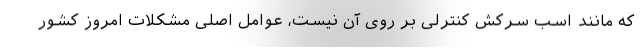
که مانند اسب سرکش کنترلی بر روی آن نیست، عوامل اصلی مشکلات امروز کشور